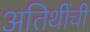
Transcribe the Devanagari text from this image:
अतिथींची